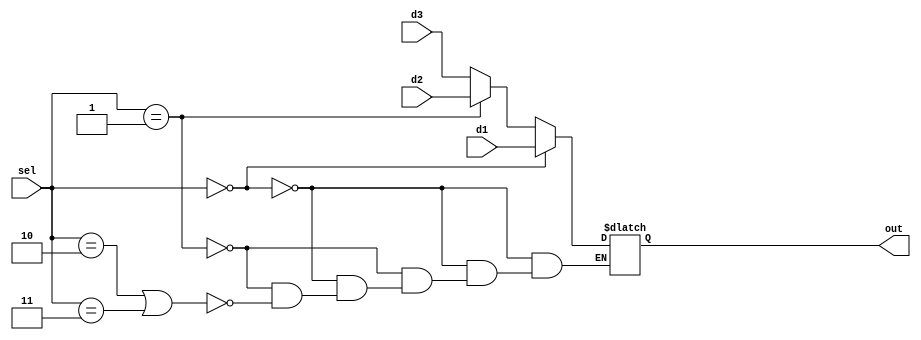
`timescale 1ns / 1ps
//////////////////////////////////////////////////////////////////////////////////
// Company: 
// Engineer: 
// 
// Design Name: 
// Module Name: mux_3_1
// Project Name: 
// Target Devices: 
// Tool Versions: 
// Description: 
// 
// Dependencies: 
// 
// Revision:
// Revision 0.01 - File Created
// Additional Comments:
// 
//////////////////////////////////////////////////////////////////////////////////


module mux_3_1(d1, d2, d3, sel, out);
input [31:0] d1, d2, d3;
input [1:0] sel;
output reg [31:0] out;

always@(d1, d2, d3, sel)
begin
    if (sel == 2'b00)
        out = d1;
    else if (sel == 2'b01)
        out = d2;
    else if (sel == 2'b10 || sel == 2'b11)
        out = d3;
end

endmodule